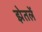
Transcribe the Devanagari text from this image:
झेतलें